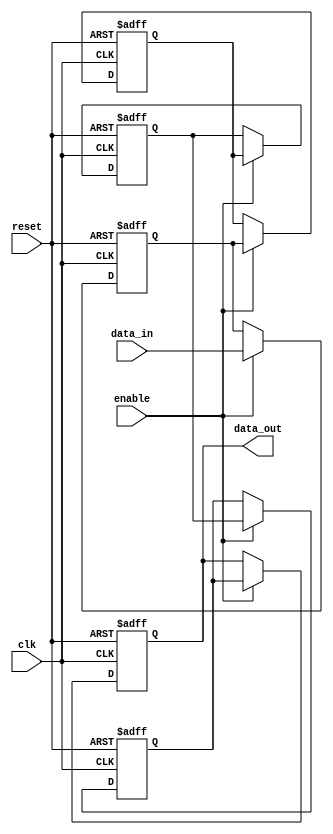
module multistage_register #(
    parameter DATA_WIDTH = 8, // Width of the data bus
    parameter STAGE_COUNT = 4  // Number of stages
)(
    input wire clk,                 // Clock signal
    input wire reset,               // Asynchronous reset signal
    input wire enable,              // Enable signal for data capture
    input wire [DATA_WIDTH-1:0] data_in, // Input data
    output reg [DATA_WIDTH-1:0] data_out // Final output data
);

    // Intermediate registers for each stage
    reg [DATA_WIDTH-1:0] stage_reg [0:STAGE_COUNT-1]; // Array of registers for stages

    integer i;

    // Sequential logic for capturing data
    always @(posedge clk or posedge reset) begin
        if (reset) begin
            // Reset all stages to zero
            for (i = 0; i < STAGE_COUNT; i = i + 1) begin
                stage_reg[i] <= 0;
            end
            data_out <= 0; // Clear output as well
        end else if (enable) begin
            // Shift data through the stages
            stage_reg[0] <= data_in; // Capture input in the first stage
            for (i = 1; i < STAGE_COUNT; i = i + 1) begin
                stage_reg[i] <= stage_reg[i - 1]; // Propagate data to the next stage
            end
            data_out <= stage_reg[STAGE_COUNT - 1]; // Output from the last stage
        end
    end

endmodule